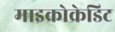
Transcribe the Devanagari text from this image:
माइक्रोक्रेडिट